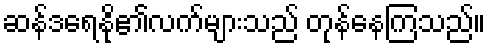
ဆန်ဒရေနို၏လက်များသည် တုန်နေကြသည်။